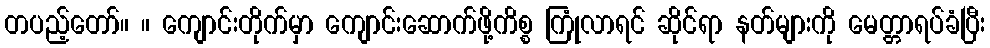
တပည့်တော်။ ။ ကျောင်းတိုက်မှာ ကျောင်းဆောက်ဖို့ကိစ္စ ကြုံလာရင် ဆိုင်ရာ နတ်များကို မေတ္တာရပ်ခံပြီး